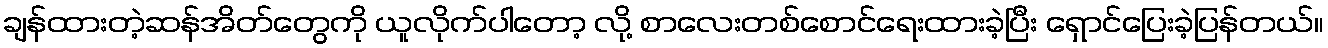
ချန်ထားတဲ့ဆန်အိတ်တွေကို ယူလိုက်ပါတော့ လို့ စာလေးတစ်စောင်ရေးထားခဲ့ပြီး ရှောင်ပြေးခဲ့ပြန်တယ်။